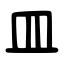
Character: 皿